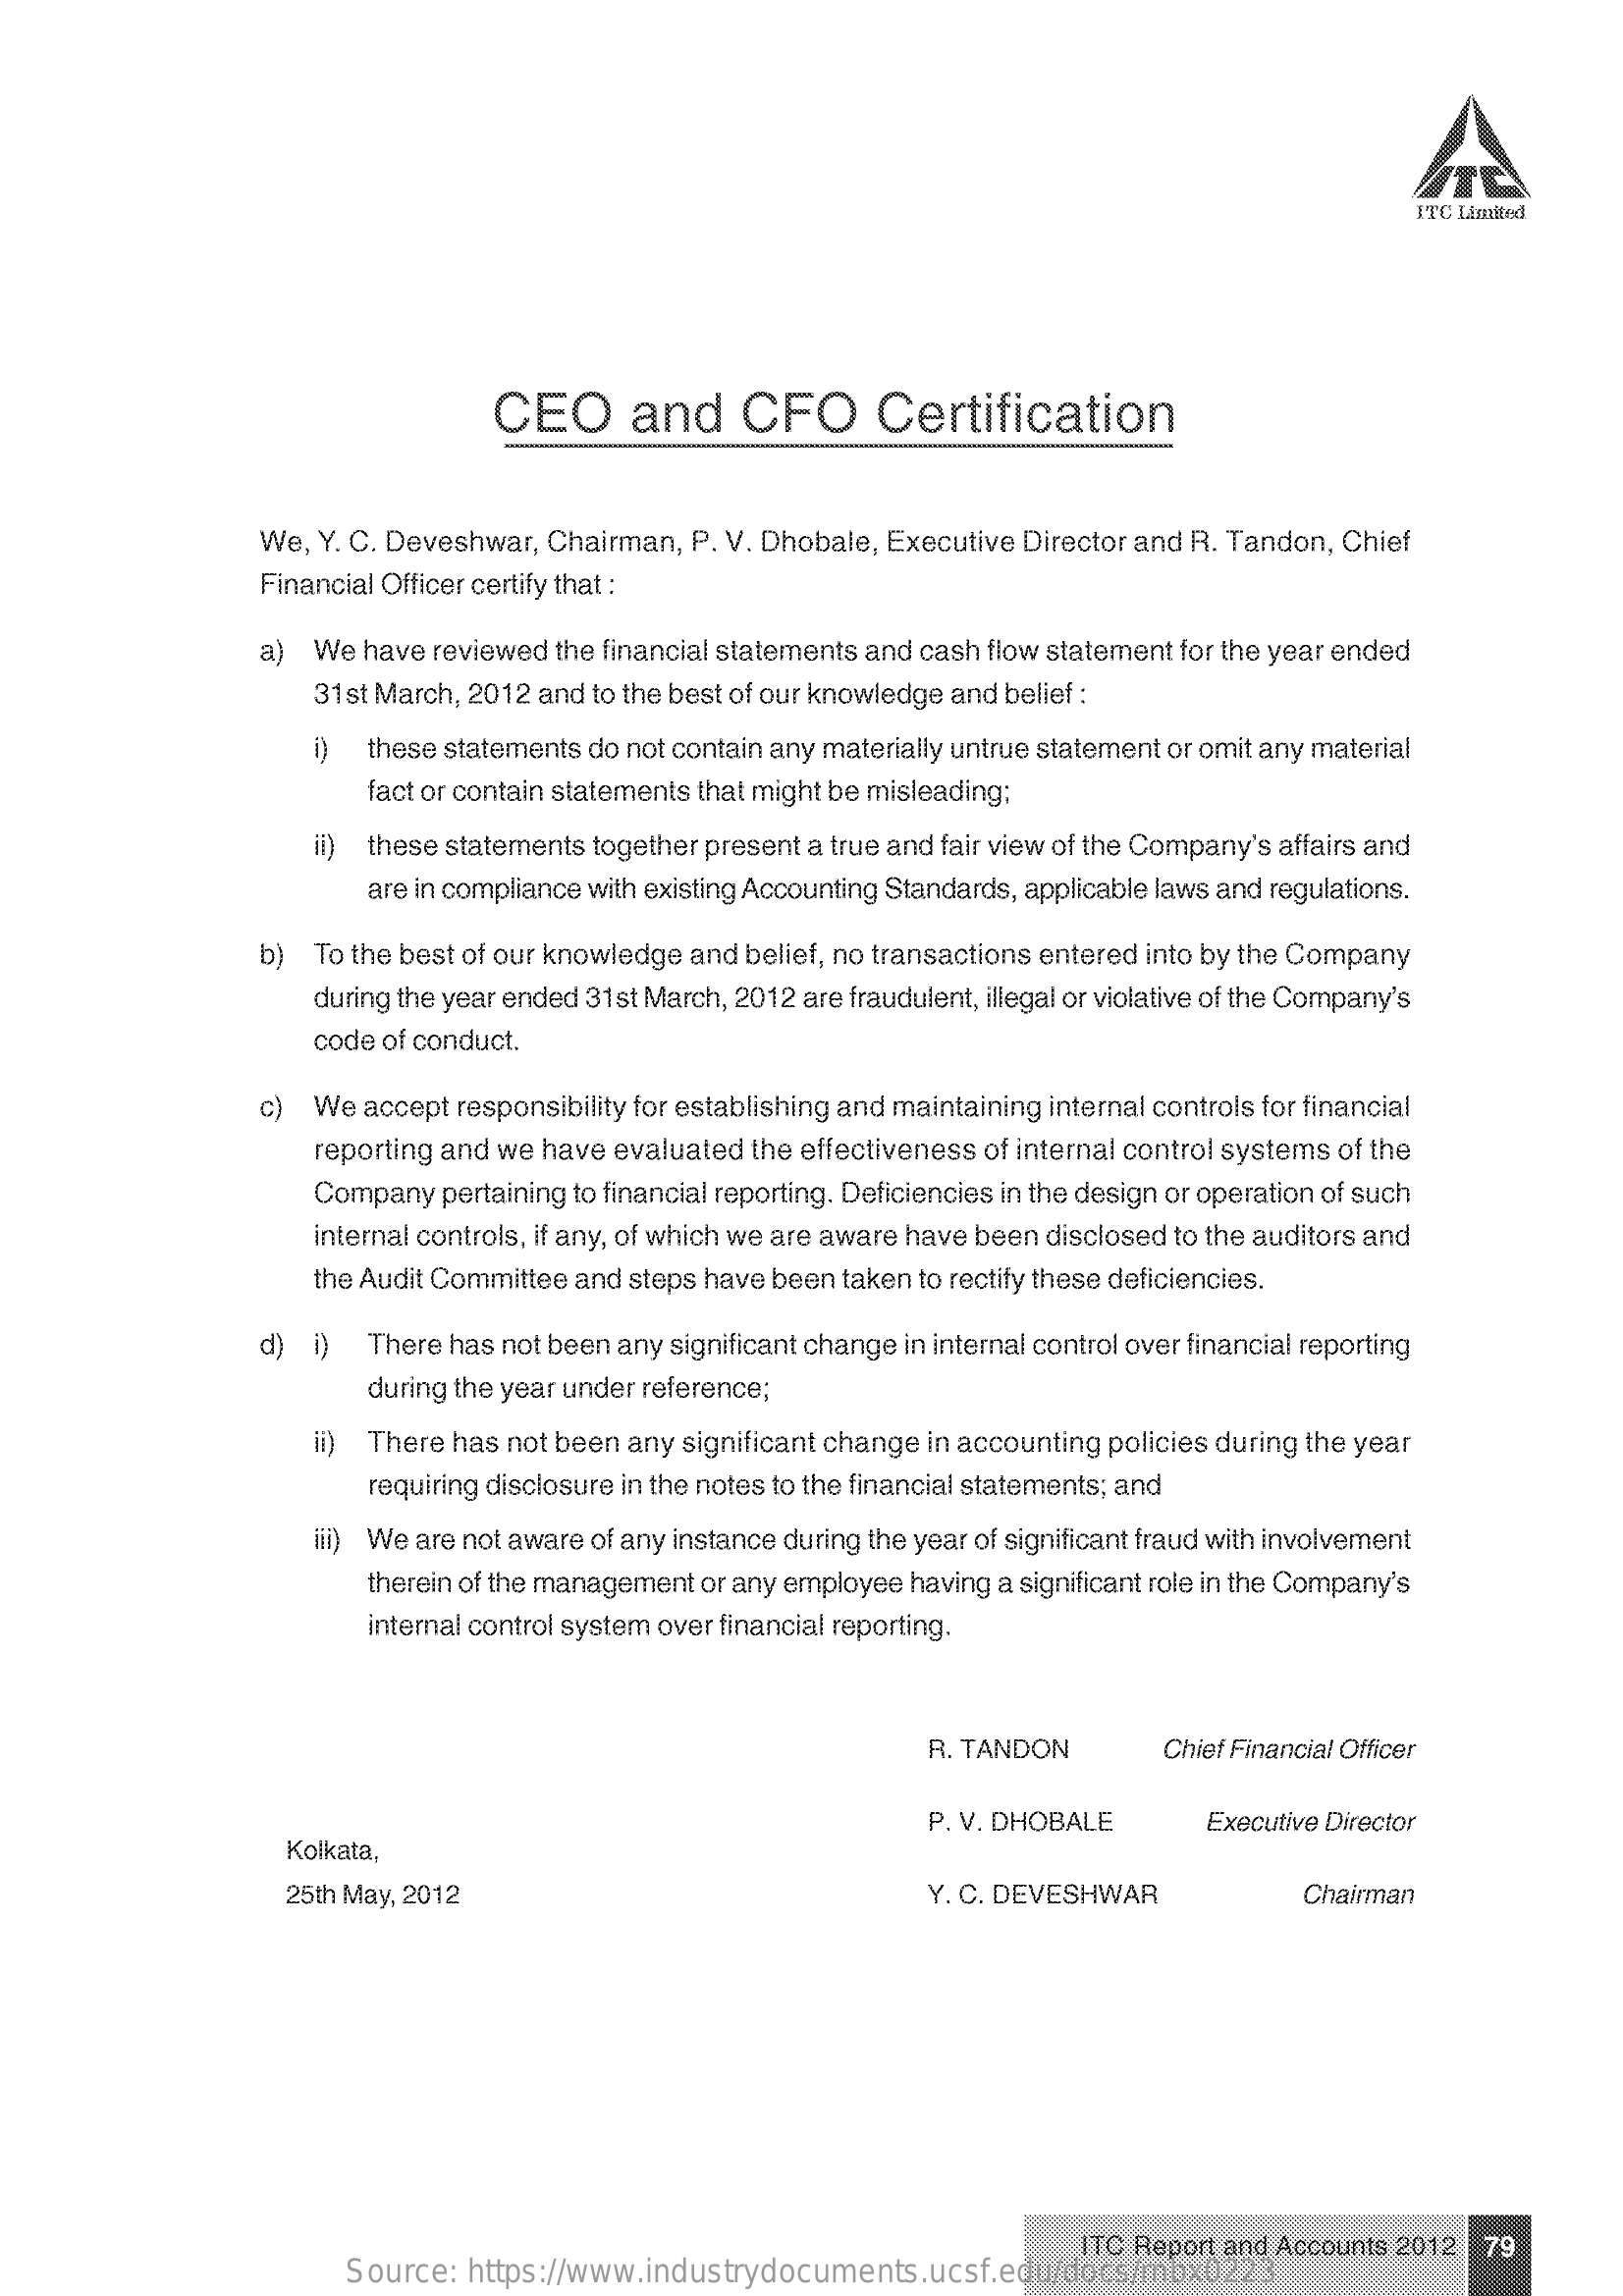
ITC Limited
     CEO    and    CFO    Certification
     We, Y. C. Deveshwar, Chairman, P. V. Dhobale, Executive Director and R. Tandon, Chief
     Financial Officer certify that :
     a) We have reviewed the financial statements and cash flow statement for the year ended
     31st March, 2012 and to the best of our knowledge and belief :
     i)  these statements do not contain any materially untrue statement or omit any material
     fact or contain statements that might be misleading;
     ii) these statements together present a true and fair view of the Company's affairs and
     are in compliance with existing Accounting Standards, applicable laws and regulations.
     b) To the best of our knowledge and belief, no transactions entered into by the Company
     during the year ended 31st March, 2012 are fraudulent, illegal or violative of the Company's
     code of conduct.
     c) We accept responsibility for establishing and maintaining internal controls for financial
     reporting and we have evaluated the effectiveness of internal control systems of the
     Company  pertaining to financial reporting. Deficiencies in the design or operation of such
     internal controls, if any, of which we are aware have been disclosed to the auditors and
     the Audit Committee and steps have been taken to rectify these deficiencies.
     d) i)  There has not been any significant change in internal control over financial reporting
     during the year under reference;
     ii) There has not been any significant change in accounting policies during the year
     requiring disclosure in the notes to the financial statements; and
     iii) We are not aware of any instance during the year of significant fraud with involvement
     therein of the management or any employee having a significant role in the Company's
     internal control system over financial reporting.
     R. TANDON    Chief Financial Officer
     Kolkata,
     P. V. DHOBALE    Executive Director
     25th May, 2012    Y. C. DEVESHWAR    Chairman
     Source:  https://www.industrydocuments.ucsf.edu/docs/rnbx0223
     ITC Report and Accounts 2012| 79